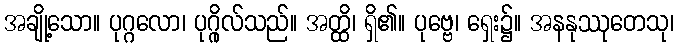
အချို့သော။ ပုဂ္ဂလော၊ ပုဂ္ဂိုလ်သည်။ အတ္ထိ၊ ရှိ၏။ ပုဗ္ဗေ၊ ရှေး၌။ အနနုဿုတေသု၊